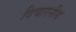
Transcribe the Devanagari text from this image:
विचारनीय